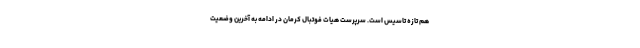
هم تازه تاسیس است. سرپرست هیات فوتبال کرمان در ادامه به آخرین وضعیت